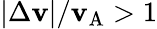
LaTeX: |\Delta\mathbf{v}|/\mathbf{v}_{\mathrm{{A}}}>1